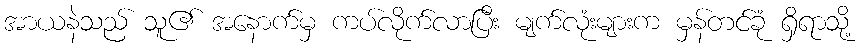
အာယနဲသည် သူ၏ အနောက်မှ ကပ်လိုက်လာပြီး မျက်လုံးများက မှန်တင်ခုံ ရှိရာသို့